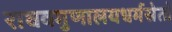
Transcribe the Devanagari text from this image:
राघवगुणालयधर्मसेतो